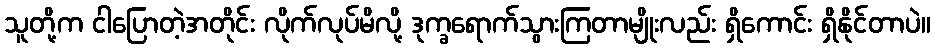
သူတို့က ငါပြောတဲ့အတိုင်း လိုက်လုပ်မိလို့ ဒုက္ခရောက်သွားကြတာမျိုးလည်း ရှိကောင်း ရှိနိုင်တာပဲ။